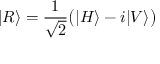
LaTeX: | R \rangle = { \frac { 1 } { \sqrt { 2 } } } { \big ( } | H \rangle - i | V \rangle { \big ) }